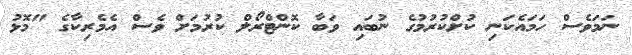
ނަމަވެސް ހަމައެކަނި ކުށްކުރުމުގެ ނުބައި ވަބާ ކޮންޓްރޯލް ކުރުމަށް ވެސް އެމެރިކާގެ "މޮޅު